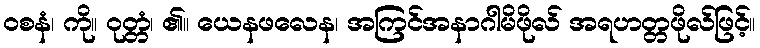
ဝစနံ၊ ကို။ ဝုတ္တံ၊ ၏။ ယေနဖလေန၊ အကြင်အနာဂါမိဖိုလ် အရဟတ္တဖိုလ်ဖြင့်။